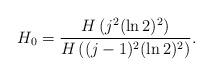
LaTeX: \begin{align*}H_0 = \frac{H\left(j^2 (\ln 2)^2\right)}{H\left((j-1)^2(\ln 2)^2\right)}.\end{align*}